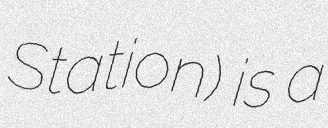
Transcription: Station) is a